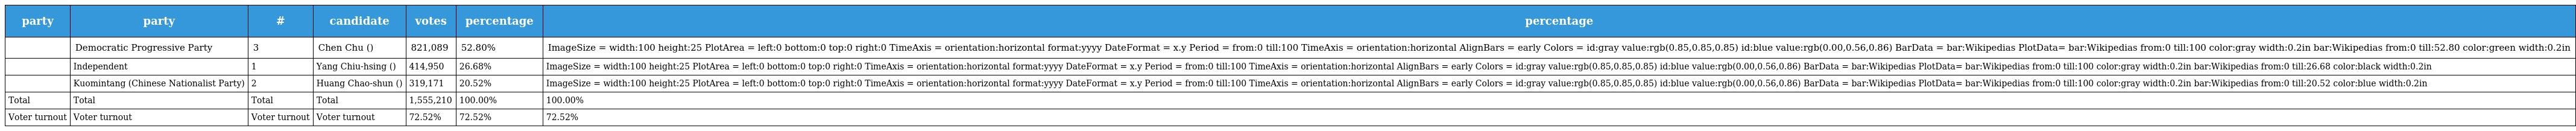
| party | party | # | candidate | votes | percentage | percentage |
 | --- | --- | --- | --- | --- | --- | --- |
 |  | Democratic Progressive Party | 3 | Chen Chu (陳菊) | 821,089 | 52.80% | ImageSize = width:100 height:25 PlotArea = left:0 bottom:0 top:0 right:0 TimeAxis = orientation:horizontal format:yyyy DateFormat = x.y Period = from:0 till:100 TimeAxis = orientation:horizontal AlignBars = early Colors = id:gray value:rgb(0.85,0.85,0.85) id:blue value:rgb(0.00,0.56,0.86) BarData = bar:Wikipedias PlotData= bar:Wikipedias from:0 till:100 color:gray width:0.2in bar:Wikipedias from:0 till:52.80 color:green width:0.2in |
 |  | Independent | 1 | Yang Chiu-hsing (楊秋興) | 414,950 | 26.68% | ImageSize = width:100 height:25 PlotArea = left:0 bottom:0 top:0 right:0 TimeAxis = orientation:horizontal format:yyyy DateFormat = x.y Period = from:0 till:100 TimeAxis = orientation:horizontal AlignBars = early Colors = id:gray value:rgb(0.85,0.85,0.85) id:blue value:rgb(0.00,0.56,0.86) BarData = bar:Wikipedias PlotData= bar:Wikipedias from:0 till:100 color:gray width:0.2in bar:Wikipedias from:0 till:26.68 color:black width:0.2in |
 |  | Kuomintang (Chinese Nationalist Party) | 2 | Huang Chao-shun (黃昭順) | 319,171 | 20.52% | ImageSize = width:100 height:25 PlotArea = left:0 bottom:0 top:0 right:0 TimeAxis = orientation:horizontal format:yyyy DateFormat = x.y Period = from:0 till:100 TimeAxis = orientation:horizontal AlignBars = early Colors = id:gray value:rgb(0.85,0.85,0.85) id:blue value:rgb(0.00,0.56,0.86) BarData = bar:Wikipedias PlotData= bar:Wikipedias from:0 till:100 color:gray width:0.2in bar:Wikipedias from:0 till:20.52 color:blue width:0.2in |
 | Total | Total | Total | Total | 1,555,210 | 100.00% | 100.00% |
 | Voter turnout | Voter turnout | Voter turnout | Voter turnout | 72.52% | 72.52% | 72.52% |